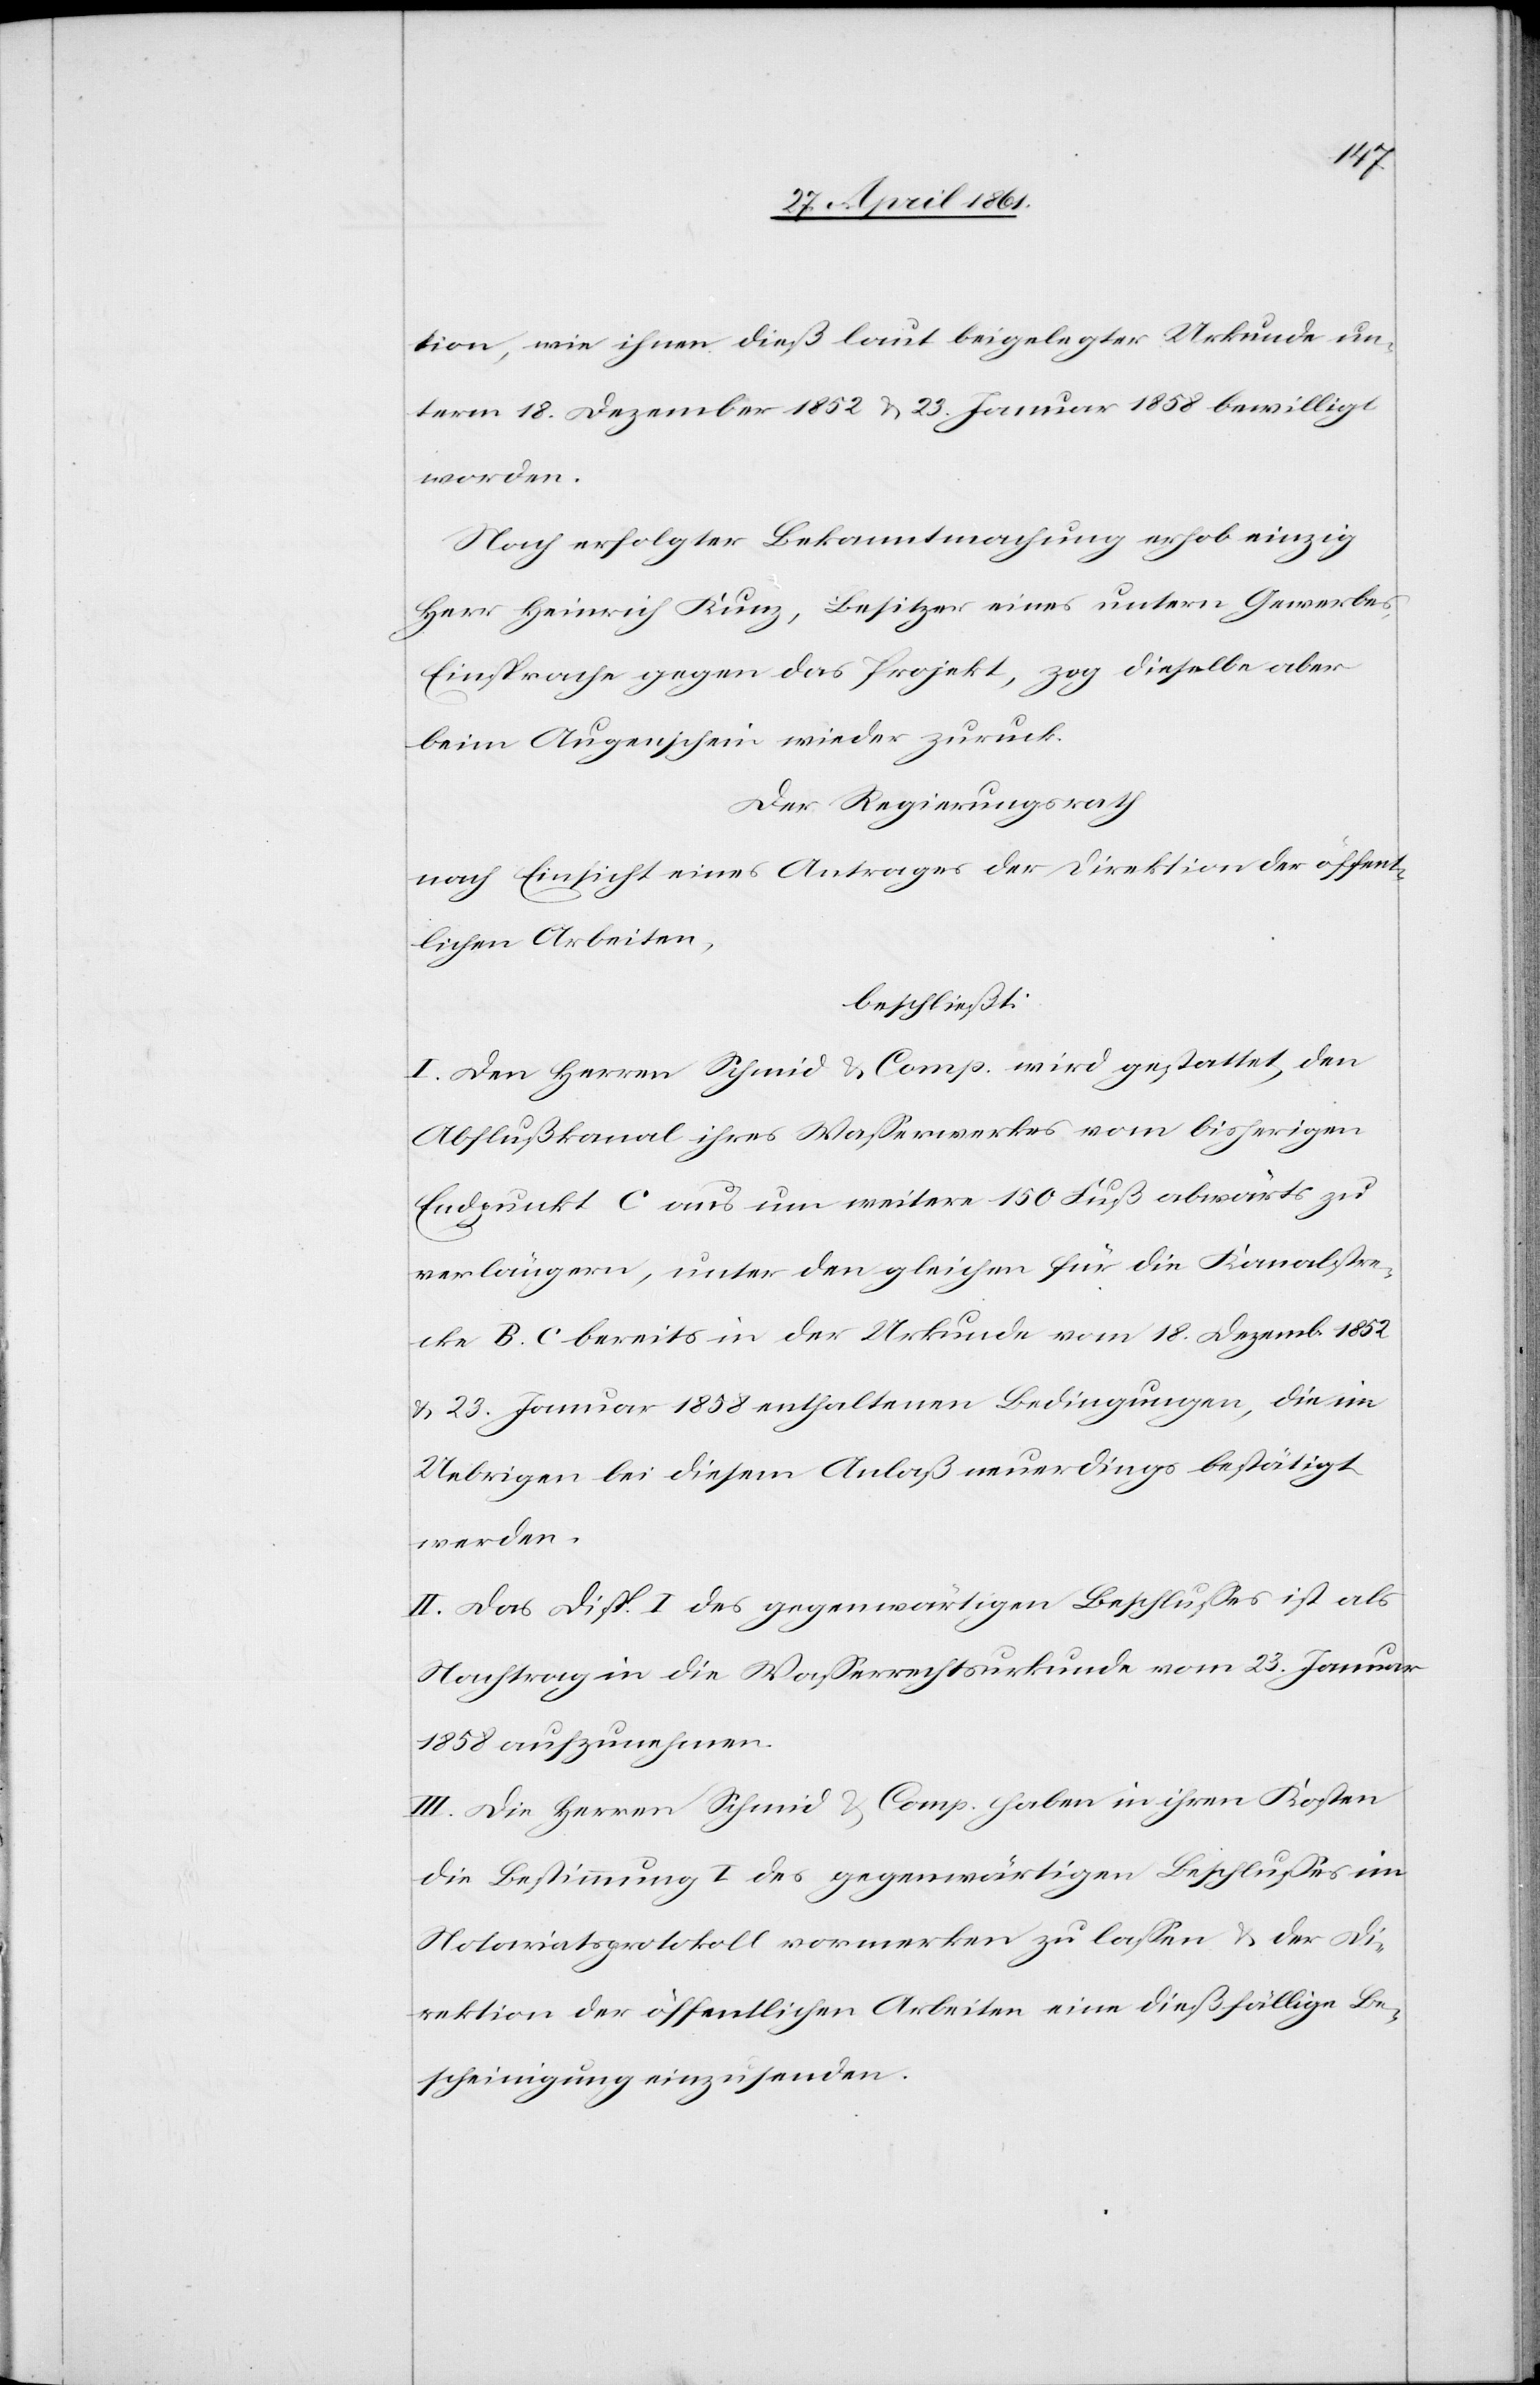
tion, wie ihnen dieß laut beigelegter Urkunde un¬
term 18. Dezember 1852 u. 23. Januar 1858 bewilligt
worden.
Nach erfolgter Bekanntmachung erhob einzig
Herr Heinrich Kunz, Besitzer eines untern Gewerbes,
Einsprache gegen das Projekt, zog dieselbe aber
beim Augenschein wieder zuruck
Der Regierungsrath
nach Einsicht eines Antrages der Direktion der öffent¬
lichen Arbeiten,
beschließt:
I. Den Herren Schmid u. Comp. wird gestattet, den
Abflußkanal ihres Wasserwerkes vom bisherigen
Endpunkt C aus um weitere 150 Fuß abwärts zu
verlängern, unter den gleichen für die Kanalstre¬
cke B C bereits in der Urkunde vom 18. Dezember 1852
u. 23. Januar 1858 enthaltenen Bedingungen, die im
Uebrigen bei diesem Anlaß neuerdings bestätigt
werden.
II. Das Disp. I. des gegenwärtigen Beschlusses ist als
Nachtrag in die Wasserrechtsurkunde vom 23. Januar
1858 aufzunehmen.
III. Die Herren Schmid u. Comp. haben in ihren Kosten
die Bestimmung I. des gegenwärtigen Beschlusse im
Notariatsprotokoll vormerken zu lassen u. der Di¬
rektion der öffentlichen Arbeiten eine dießfällige Be¬
scheinigung einzusenden.